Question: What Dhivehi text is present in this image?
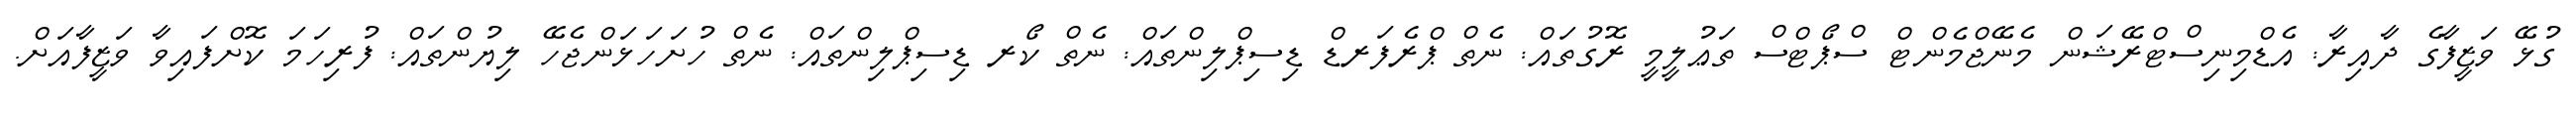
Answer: ގުޅޭ ވަޒީފާގެ ދާއިރާ: އެޑްމިނިސްޓްރޭޝަން މެނޭޖްމެންޓް ސްޕޯޓްސް ތަޢުލީމީ ރޮގުތައް: ނެތް ޕްރެފަރޑް ޑިސިޕްލިންތައް: ނެތް ކޯރ ޑިސިޕްލިންތައް: ނެތް ހުށަހަޅަންޖެހޭ ލިޔުންތައް: ފުރިހަމަ ކޮށްފައިވާ ވަޒީފާއަށް.